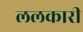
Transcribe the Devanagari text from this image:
ललकारी